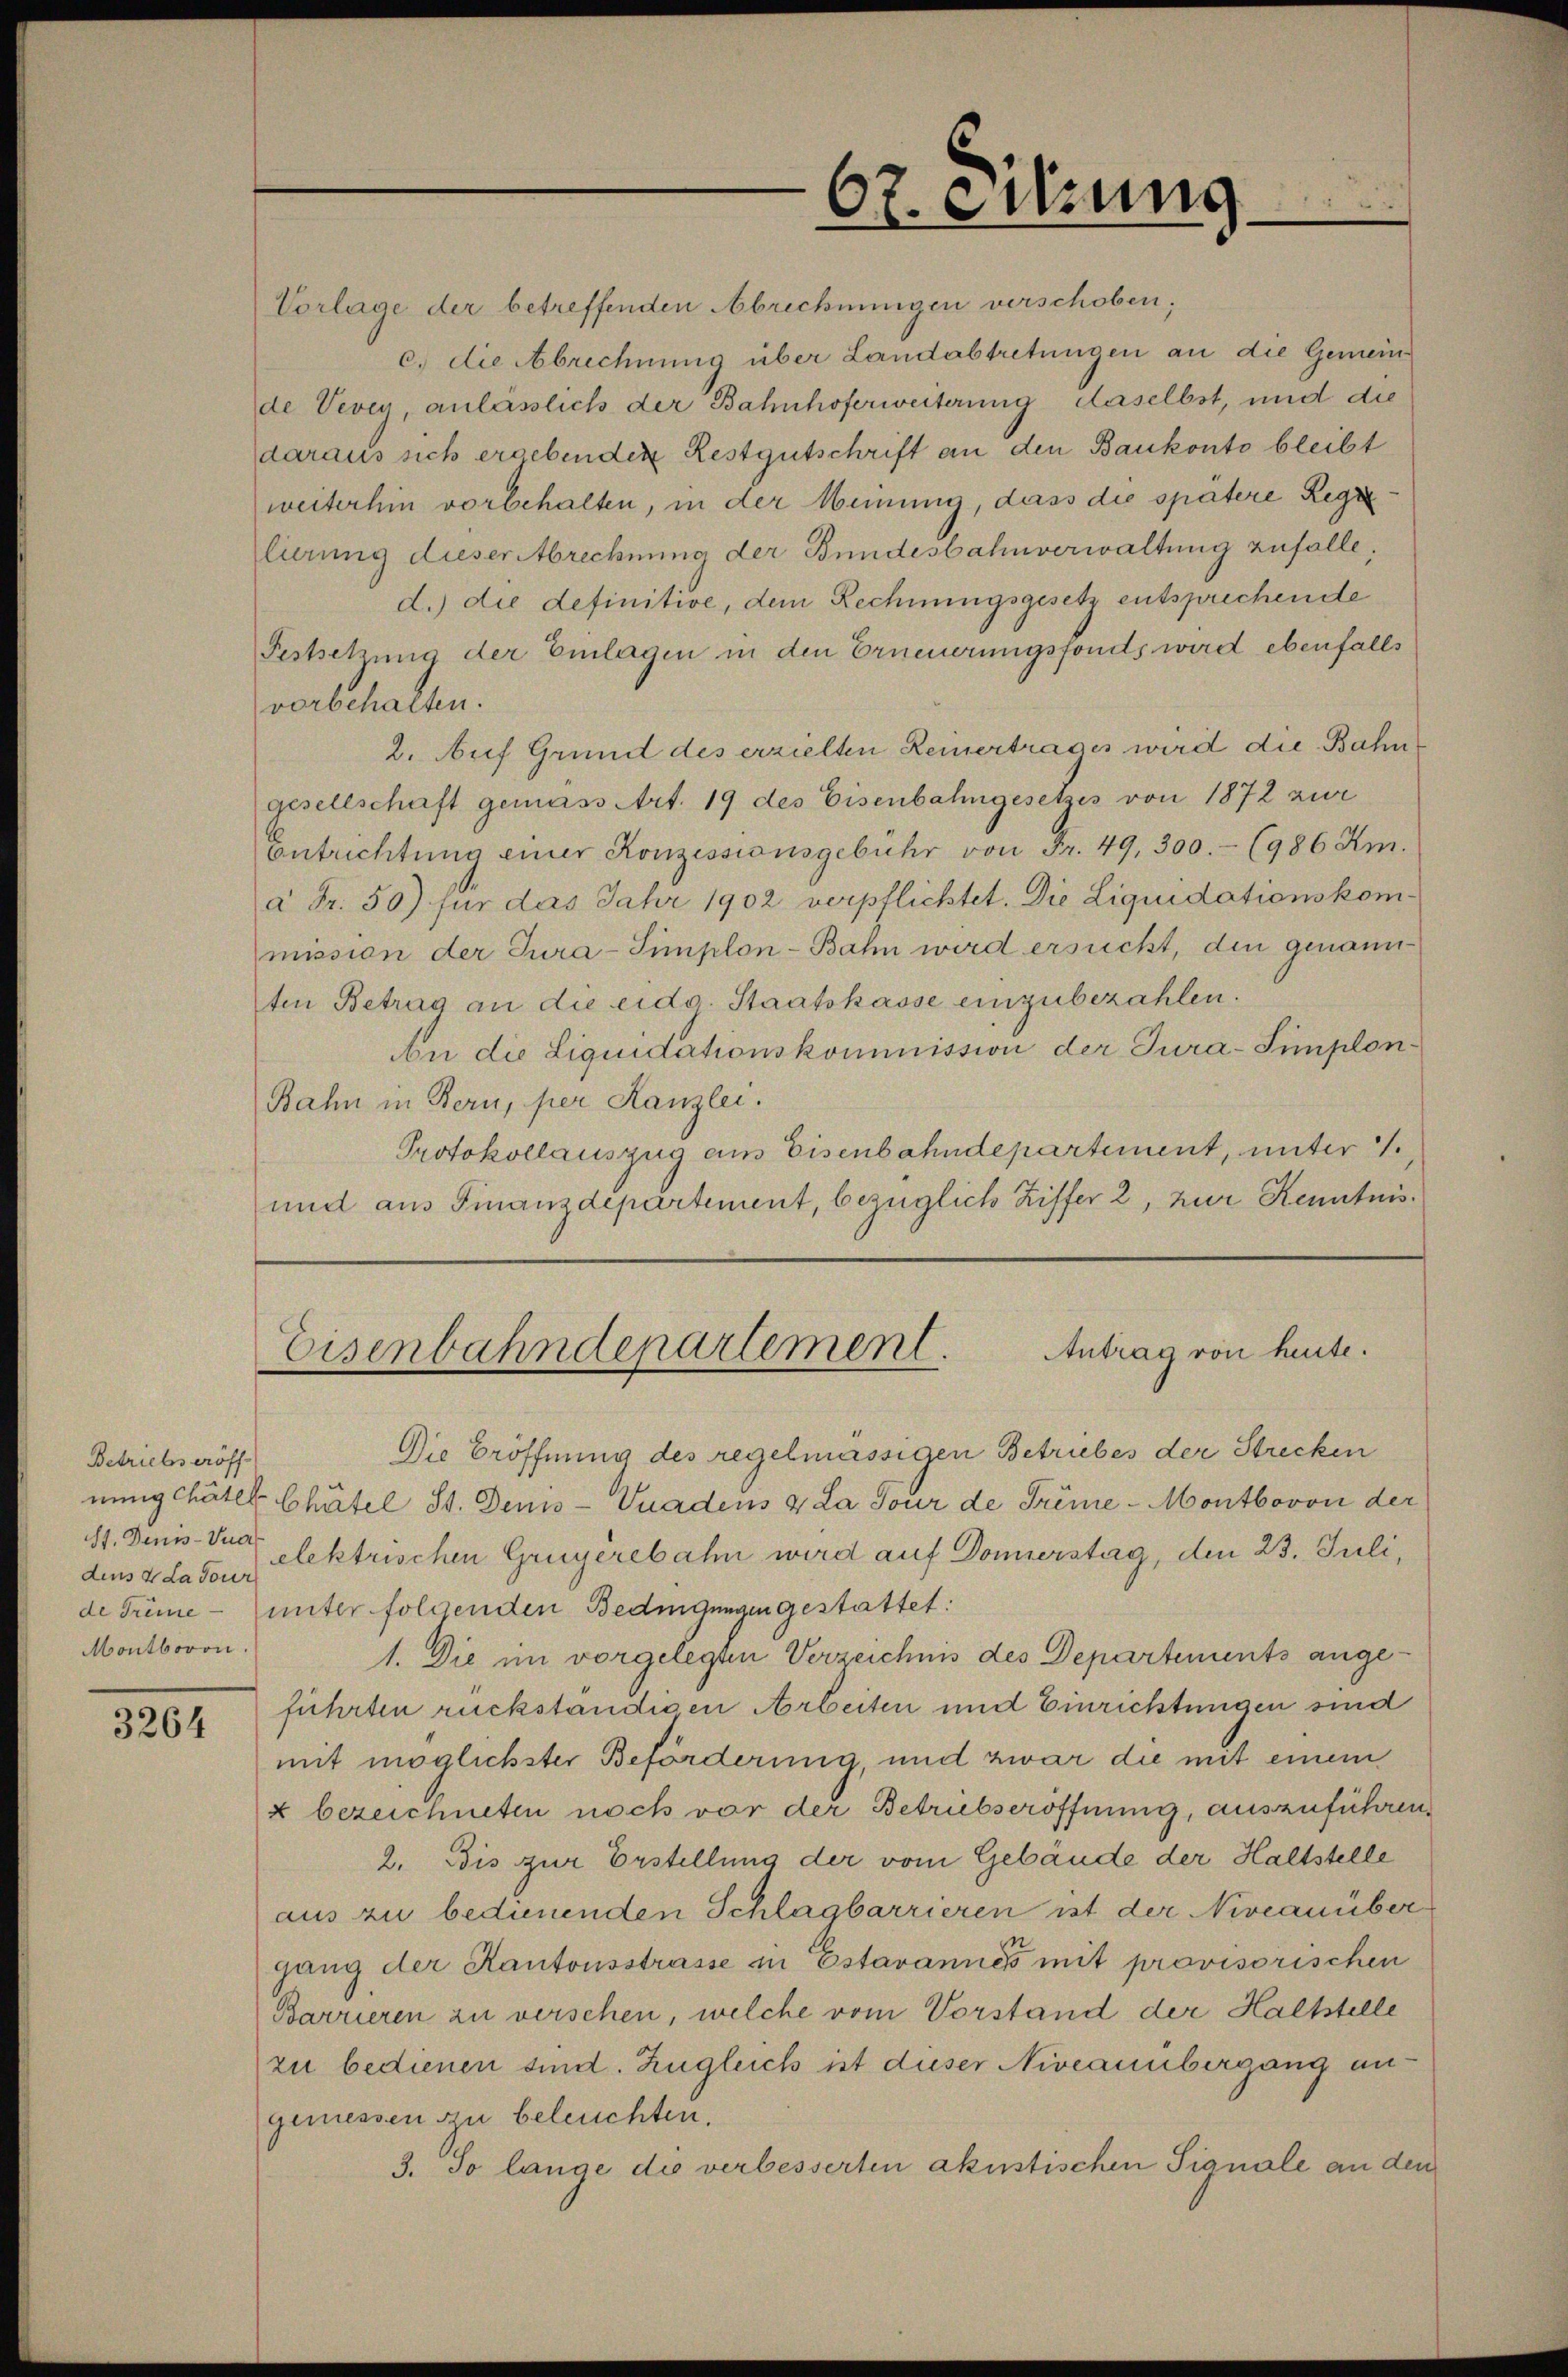
Betriebs eröff
dens & La dour
Montbovon.

3264

67. Sitzung
6

Vorlage der betreffenden Abrechnungen verschoben;
c. die Abrechnung über Landabtretungen an die Gemeinde Vevey, anlässlich der Bahnhoferweiterung daselbst, und die
daraus sich ergebenden Restgutschrift an den Baukonto bleibt
weiterhin vorbehalten, in der Meinung, dass die spätere Regielierung dieser Abrechnung der Bundesbahnverwaltung zufalle,
d.) die definitive, dem Rechnungsgesetz entsprechende
Festsetzung der Einlagen in den Erneuerungsfonds wird ebenfalls
vorbehalten.
2. Auf Grund des erzielten Reinertrages wird die Bahn
gesellschaft gemäss Art. 19 des Eisenbahngesetzes von 1872 zur
Entrichtung einer Konzessionsgebühr von Fr. 49, 300.- (986 Am.
à Fr. 50) für das Jahr 1902 verpflichtet. Die Liquidationskommission der Tura-Simplon-Bahn wird ersucht, den genannten Betrag an die eidg. Staatskasse einzubezahlen.
An die Liquidationskommission der Tura-Simplon¬
Bahn in Bern, per Kanzlei.
Protokollauszug aus Eisenbahndepartement, unter 1
und aus Finanzdepartement, bezüglich Ziffer 2, zur Kenntnis¬

Antrag von heute.
Eisenbahndepartement.

Die Eröffnung des regelmässigen Betriebes der Strecken
nung Chätel Chätel St. Denis-Vuadens & La Tour de Trême - Montbovon der
11. Denis der elektrischen Grügerebahn wird auf Donnerstag, den 23. Juli,
de Trüme - unter folgenden Bedingungen gestattet:
1. Die im vorgelegten Verzeichnis des Departements angeführten rückständigen Arbeiten und Einrichtungen sind
mit möglichster Beförderung, und zwar die mit einem
« bezeichneten noch vor der Betriebseröffnung, auszuführen.
2. Bis zur Erstellung der vom Gebäude der Haltstelle
aus zu bedienenden Schlagbarrieren ist der Niveauübergang der Kantonsstrasse in Estavannes mit provisorischen
Barrieren zu verschen, welche vom Vorstand der Haltstelle
zu bedienen sind. Zugleich ist dieser Niveauübergang angemessen zu beleuchten.
3. So lange die verbesserten akustischen Signale an den